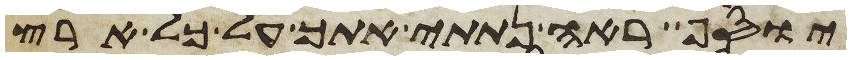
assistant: יוסף ראה נתתי אתך על כל ארץ